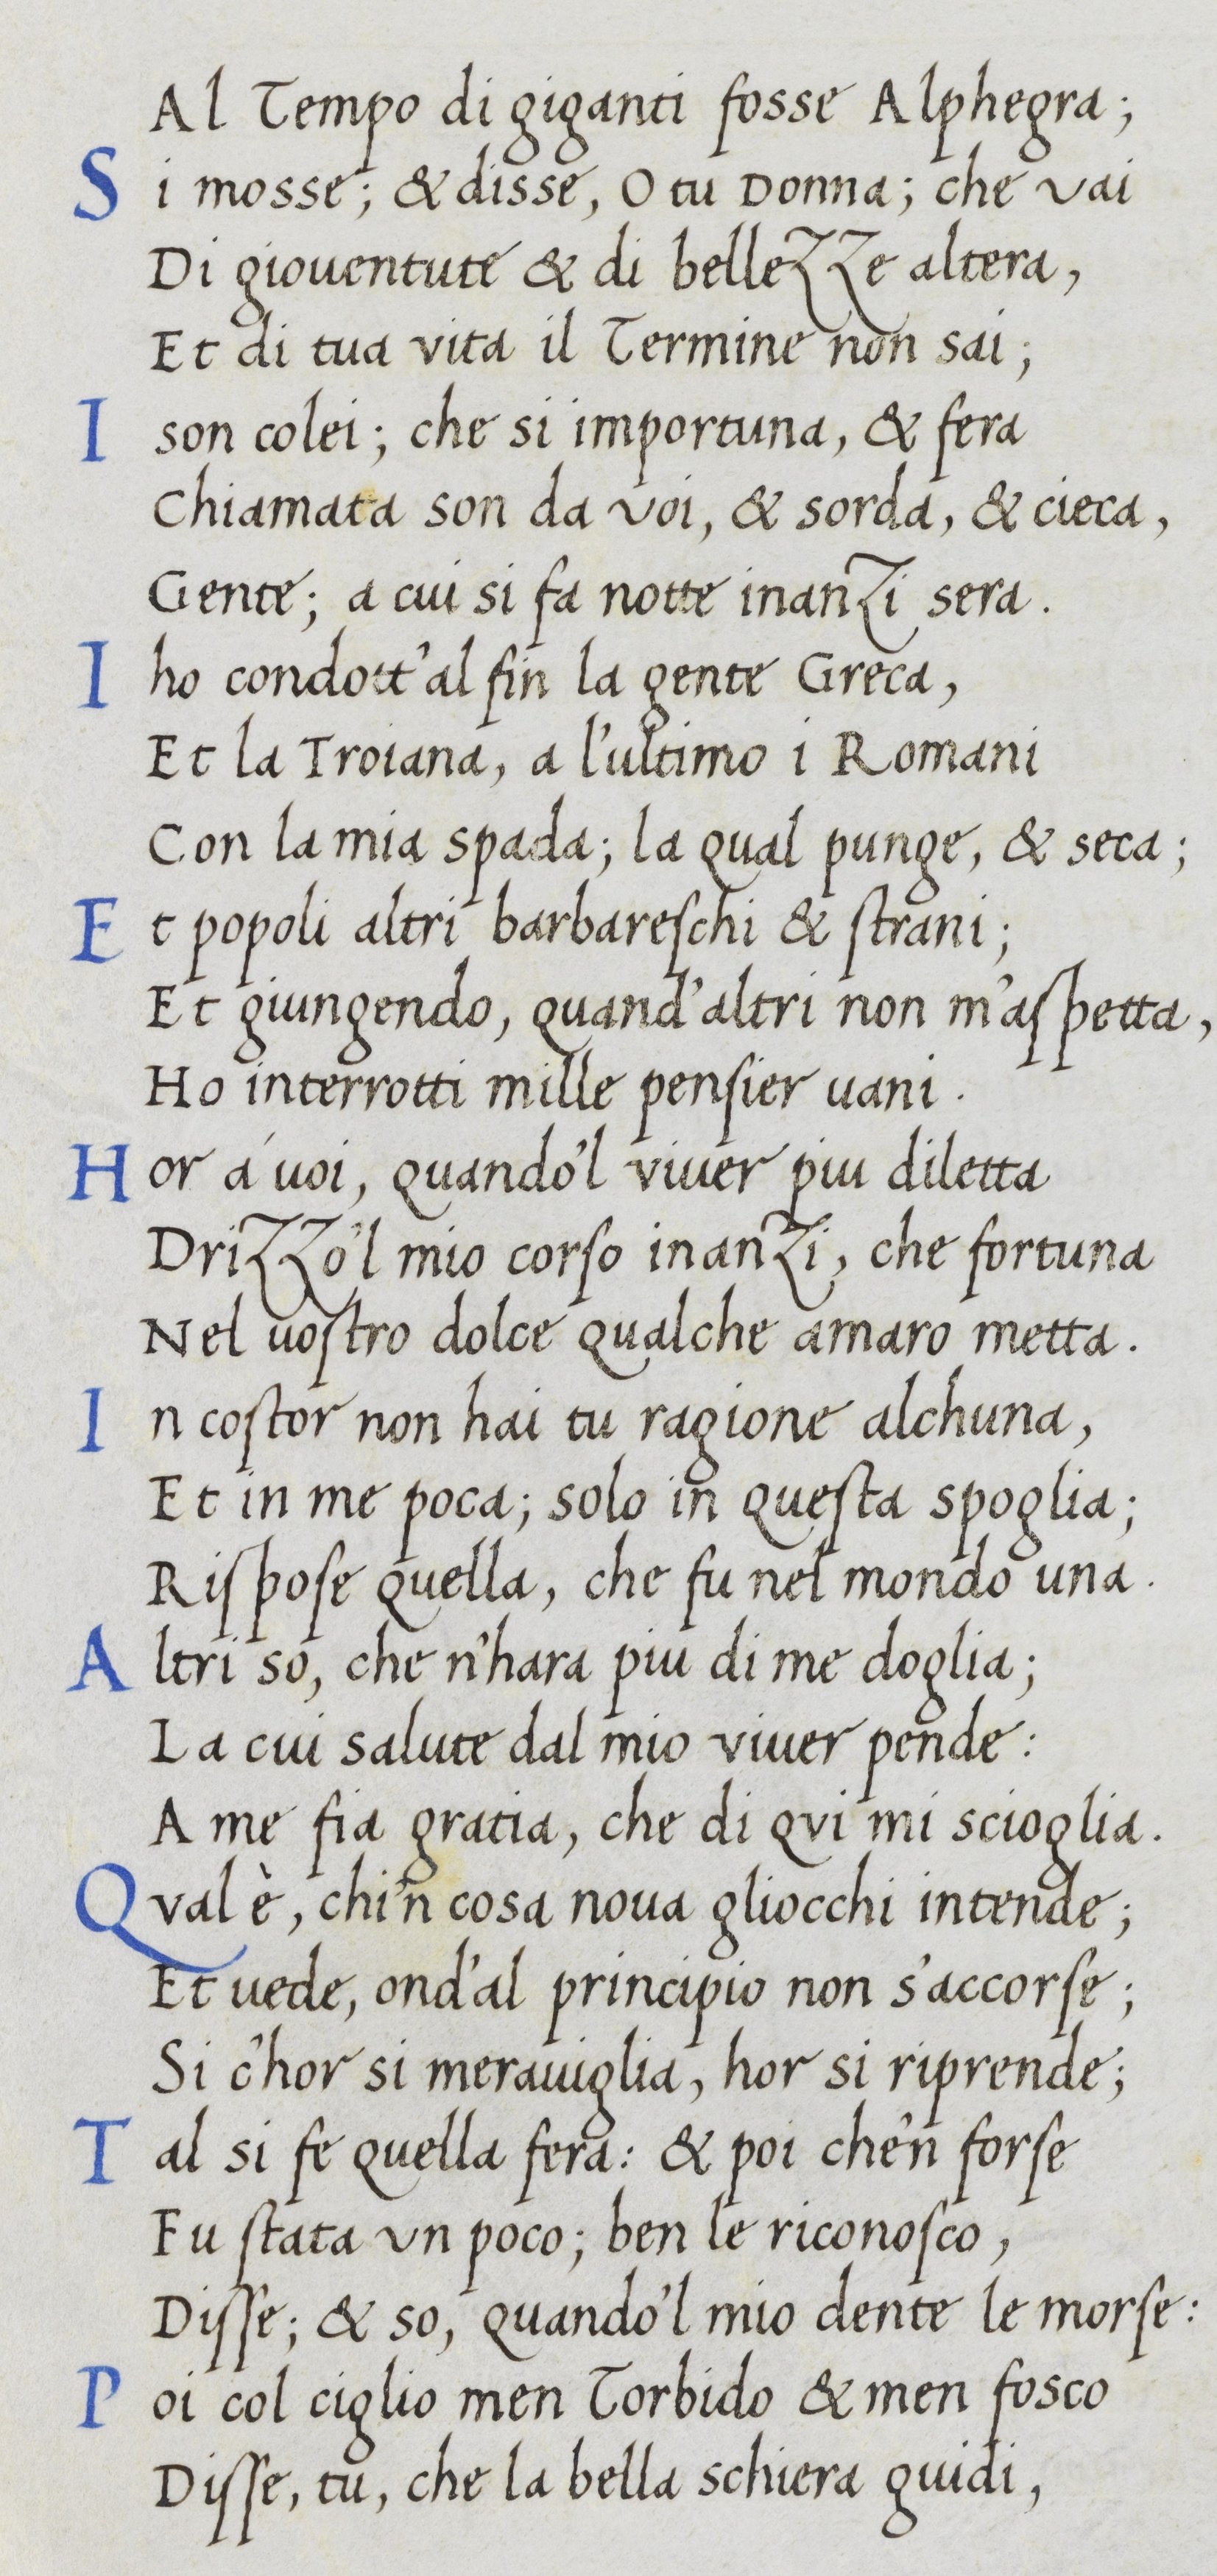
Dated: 1400–1499